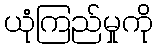
ယုံကြည်မှုကို